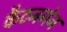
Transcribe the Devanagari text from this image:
कैटनगेन